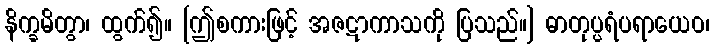
နိက္ခမိတွာ၊ ထွက်၍။ [ဤစကားဖြင့် အဇဋာကာသကို ပြသည်။] ဓာတုပ္ပရံပရာယေဝ၊